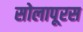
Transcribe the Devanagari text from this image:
सोलापूरस